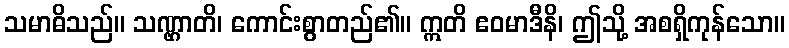
သမာဓိသည်။ သဏ္ဌာတိ၊ ကောင်းစွာတည်၏။ ဣတိ ဧဝမာဒီနိ၊ ဤသို့ အစရှိကုန်သော။